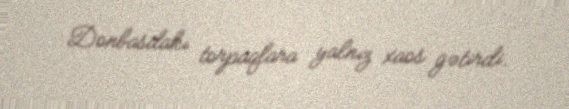
Donbasdakı torpaqlara yalnız xaos gətirdi.